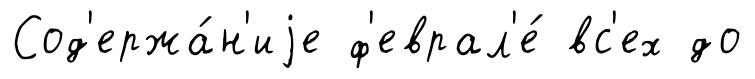
Сод'ержа́н'иjе ф'еврал'е́ вс'ех до